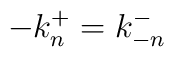
-k_{n}^{+}=k_{-n}^{-}